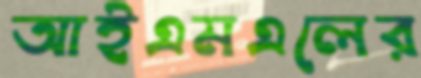
আইএমএলের